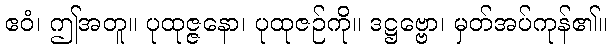
ဧဝံ၊ ဤအတူ။ ပုထုဇ္ဇနော၊ ပုထုဇဉ်ကို။ ဒဋ္ဌဗ္ဗော၊ မှတ်အပ်ကုန်၏။